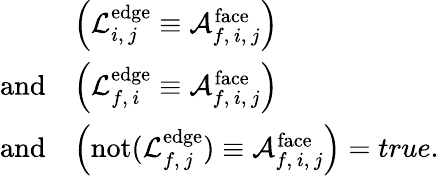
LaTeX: \begin{array}{rl}&{\left(\mathcal{L}_{i,\, j}^{\mathrm{edge}}\equiv\mathcal{A}_{f,\, i,\, j}^{\mathrm{face}}\right)}\\ {\mathrm{and}}&{\left(\mathcal{L}_{f,\, i}^{\mathrm{edge}}\equiv\mathcal{A}_{f,\, i,\, j}^{\mathrm{face}}\right)}\\ {\mathrm{and}}&{\left(\mathrm{not}(\mathcal{L}_{f,\, j}^{\mathrm{edge}})\equiv\mathcal{A}_{f,\, i,\, j}^{\mathrm{face}}\right)=true.}\end{array}